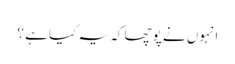
انہوں نے پوچھا کہ یہ کیا ہے ؟